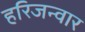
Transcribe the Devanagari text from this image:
हरिजन्वार